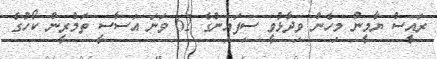
ރައީސް ޔާމީން މިހެން ވިދާޅުވީ ސިފައިންގެ 62 ވަނަ އަސާސީ ތަމްރީން ކޯހުގެ